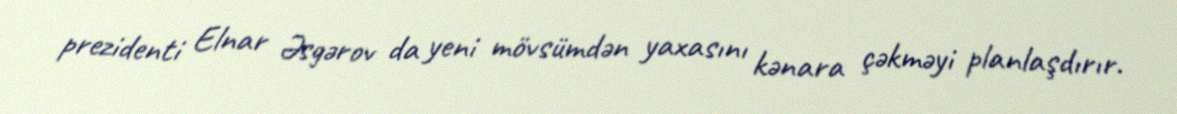
prezidenti Elnar Əsgərov da yeni mövsümdən yaxasını kənara çəkməyi planlaşdırır.